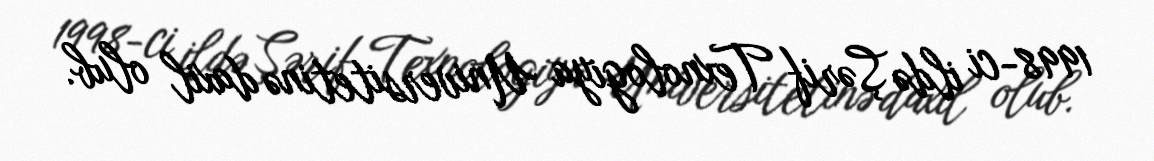
1998-ci ildə Şərif Texnologiya Universitetinə daxil olub.